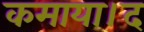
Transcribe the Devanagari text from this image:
कमाया।द